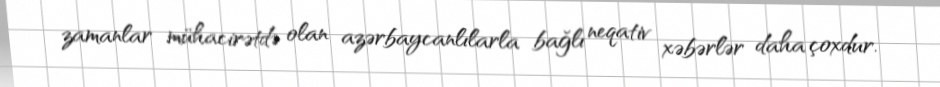
zamanlar mühacirətdə olan azərbaycanlılarla bağlı neqativ xəbərlər daha çoxdur.